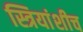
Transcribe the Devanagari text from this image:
स्त्रियांशीच